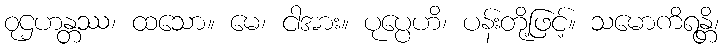
ဝုဌဟန္တဿ၊ ထသော။ မေ၊ ငါအား။ ပုပ္ပေဟိ၊ ပန်းတို့ဖြင့်။ သမောကိရန္တိ၊